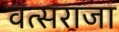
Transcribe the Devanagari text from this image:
वत्सराजा